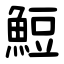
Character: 䱏